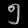
Digit: ၅